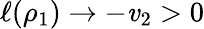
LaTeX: \ell(\rho_{1})\to-\mathit{v}_{2}>0